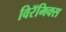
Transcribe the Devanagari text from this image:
विरॅमिक्स